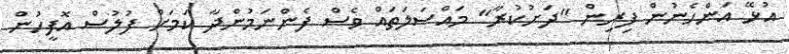
އުޅޭ އަންހެނުން ފިރިން "ދަށުކުރާ" މައްސަލަތައް ވެސް ފެންނަމުންދާ ކަމަށް ފުލުސް އޮފީހުން